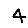
Digit: 4